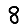
Digit: 8